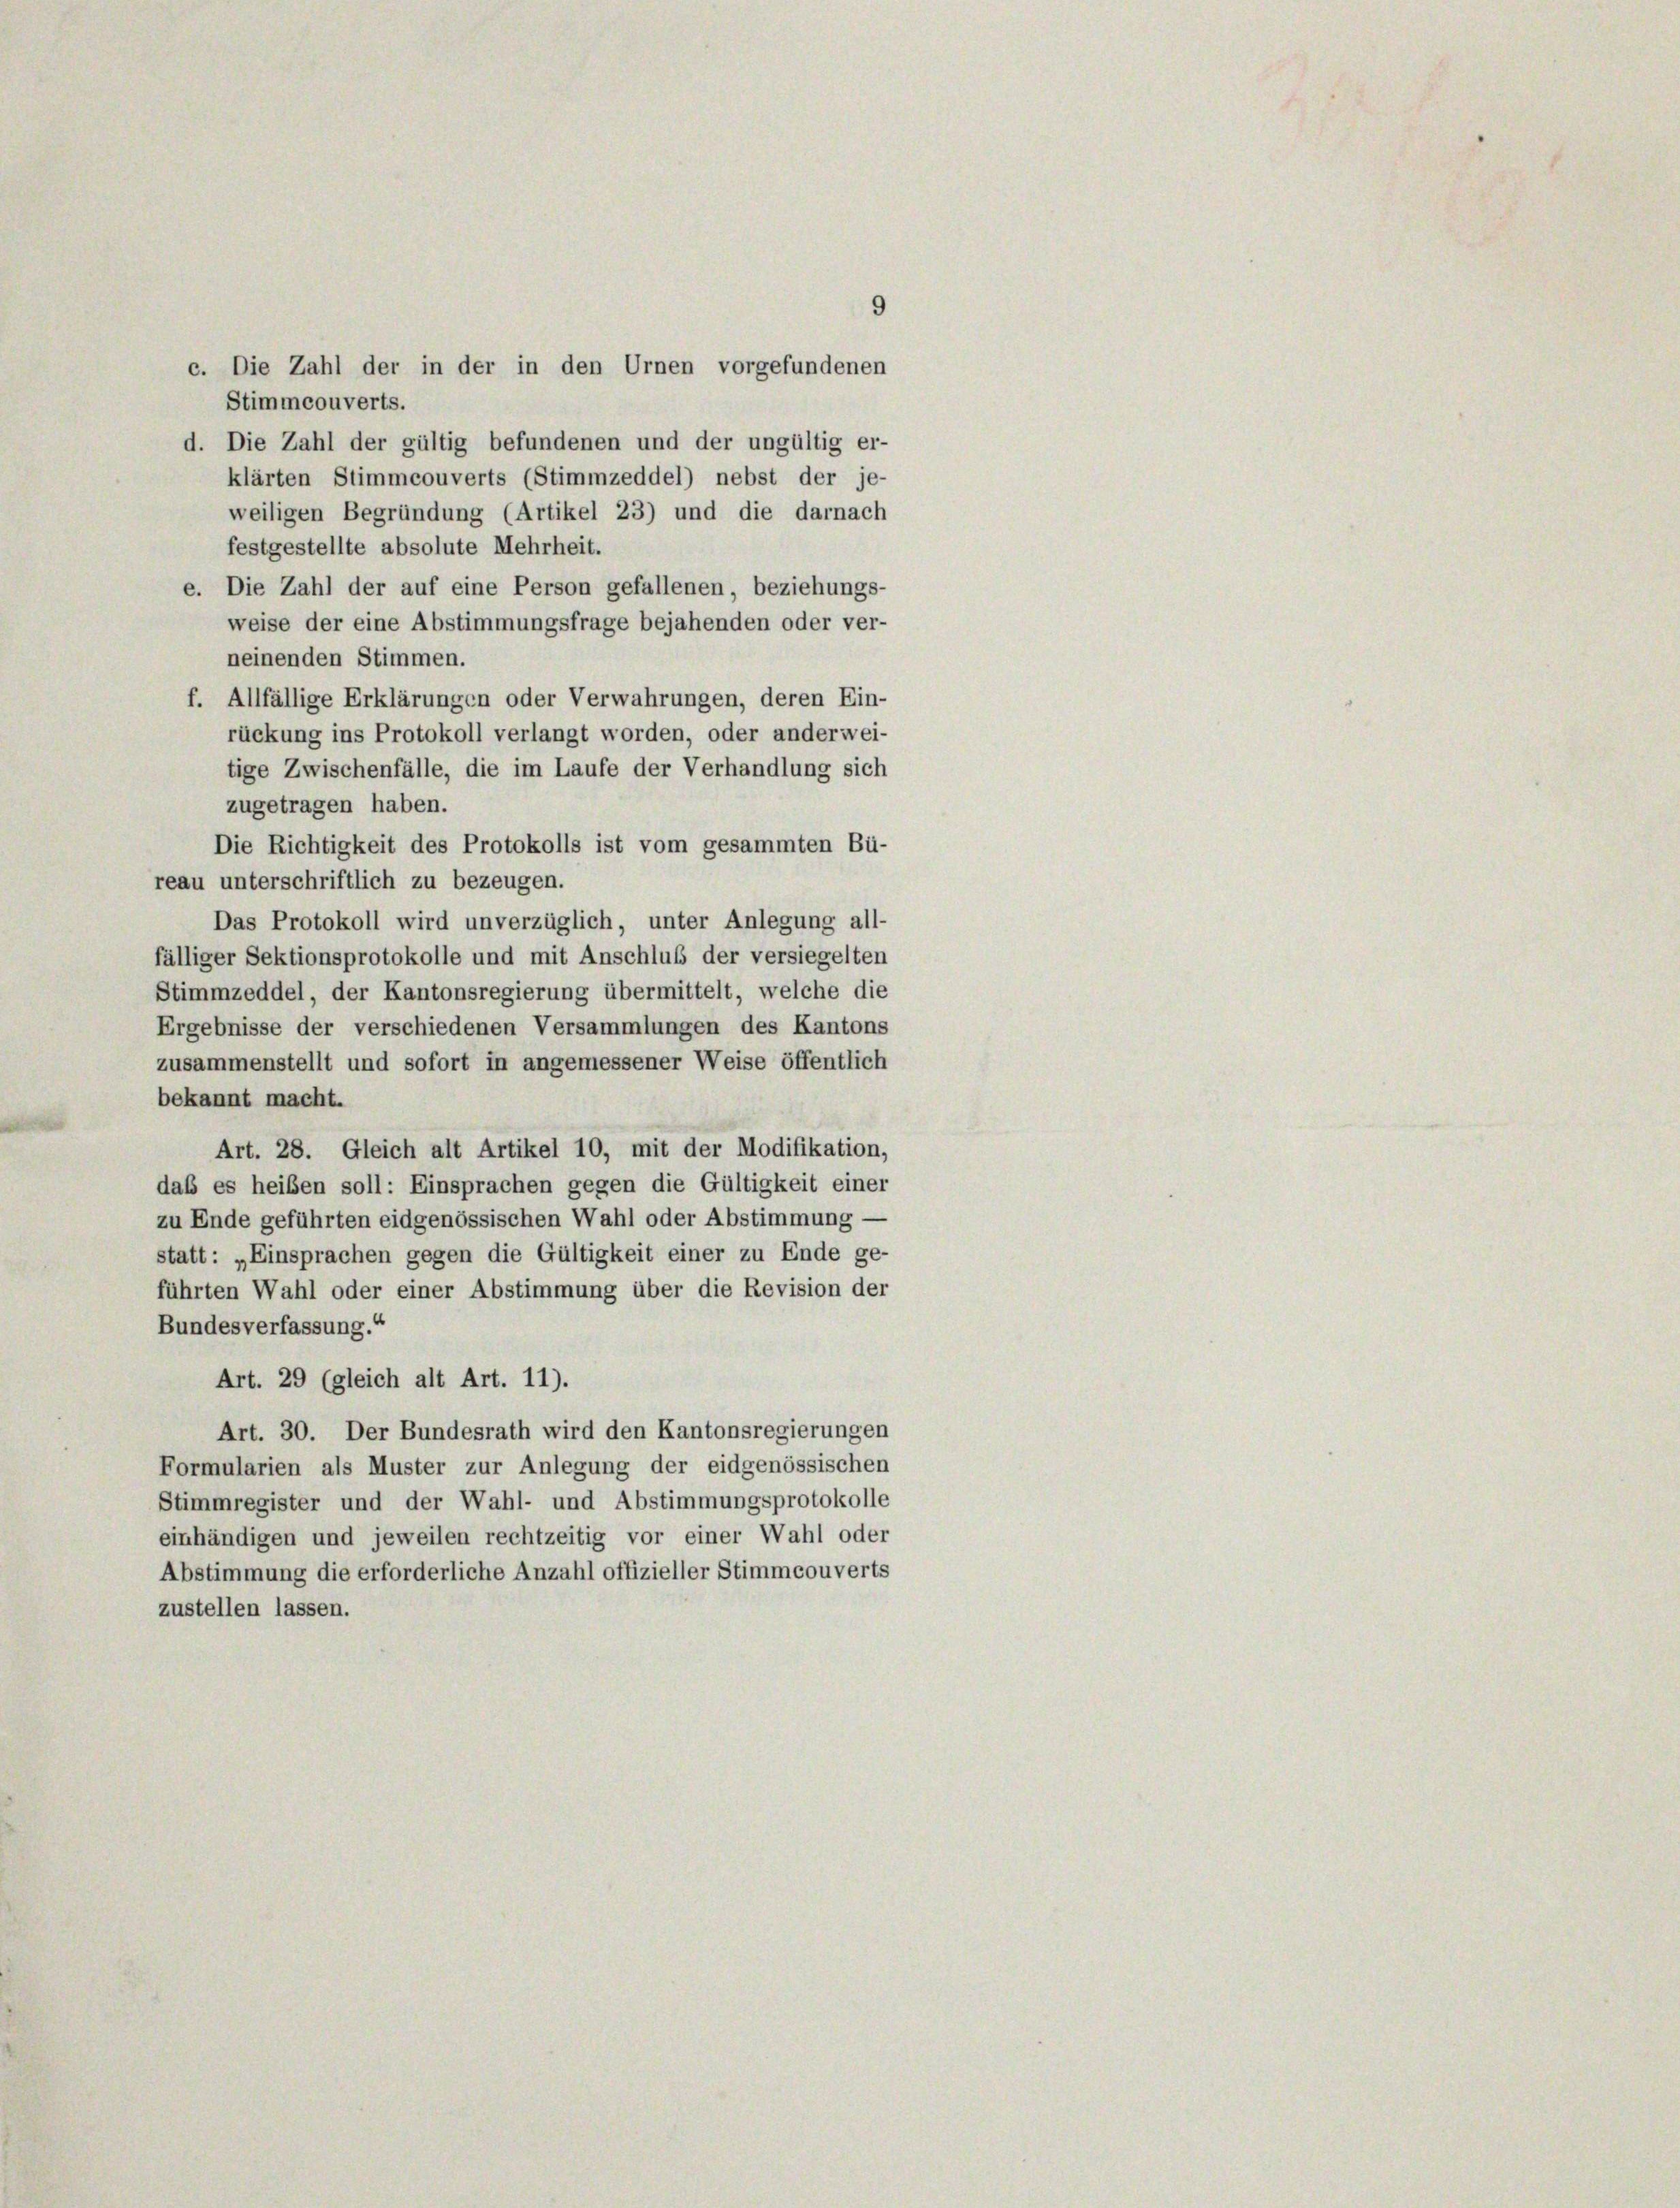
9
c. Die Zahl der in der in den Urnen vorgefundenen
Stimmcouverts.
d. Die Zahl der gültig befundenen und der ungültig er-
klärten Stimmcouverts (Stimmzeddel) nebst der je-
weiligen Begründung (Artikel 23) und die darnach
festgestellte absolute Mehrheit.
e. Die Zahl der auf eine Person gefallenen, beziehungs-
weise der eine Abstimmungsfrage bejahenden oder ver-
neinenden Stimmen.
f. Allfällige Erklärungen oder Verwahrungen, deren Ein-
rückung ins Protokoll verlangt worden, oder anderwei-
tige Zwischenfälle, die im Laufe der Verhandlung sich
zugetragen haben.
Die Richtigkeit des Protokolls ist vom gesammten Bü-
reau unterschriftlich zu bezeugen.
Das Protokoll wird unverzüglich, unter Anlegung all-
fälliger Sektionsprotokolle und mit Anschluß der versiegelten
Stimmzeddel, der Kantonsregierung übermittelt, welche die
Ergebnisse der verschiedenen Versammlungen des Kantons
zusammenstellt und sofort in angemessener Weise öffentlich
bekannt macht.
Art. 28. Gleich alt Artikel 10, mit der Modifikation,
daß es heiben soll: Einsprachen gegen die Gültigkeit einer
zu Ende geführten eidgenössischen Wahl oder Abstimmung —
statt: „Einsprachen gegen die Gültigkeit einer zu Ende ge-
führten Wahl oder einer Abstimmung über die Revision der
Bundesverfassung.“
Art. 29 (gleich alt Art. 11).
Art. 30. Der Bundesrath wird den Kantonsregierungen
Formularien als Muster zur Anlegung der eidgenössischen
Stimmregister und der Wahl- und Abstimmungsprotokolle
einhändigen und jeweilen rechtzeitig vor einer Wahl oder
Abstimmung die erforderliche Anzahl offizieller Stimmcouverts
zustellen lassen.